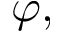
\varphi ,